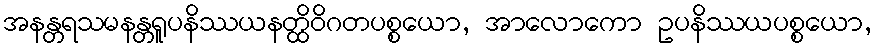
အနန္တရသမနန္တရူပနိဿယနတ္ထိဝိဂတပစ္စယော, အာလောကော ဥပနိဿယပစ္စယော,